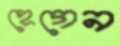
হেগেন